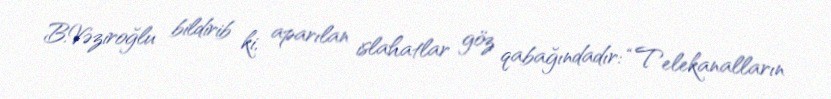
B.Vəziroğlu bildirib ki, aparılan islahatlar göz qabağındadır: “Telekanalların